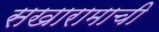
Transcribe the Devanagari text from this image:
सखारामाची